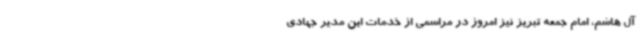
آل هاشم، امام جمعه تبریز نیز امروز در مراسمی از خدمات این مدیر جهادی